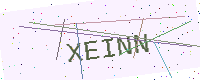
Text: XEINN